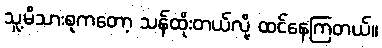
သူ့မိသားစုကတော့ သန်ထိုးတယ်လို့ ထင်နေကြတယ်။